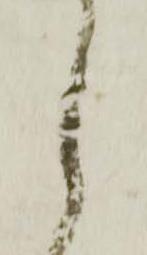
し